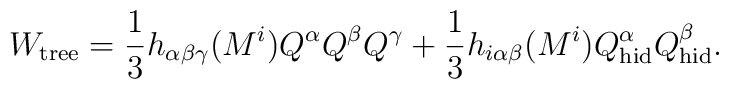
W_{\rm tree}={1\over 3}h_{\alpha\beta\gamma}(M^i)Q^\alpha Q^\beta Q^\gamma+{1\over 3}h_{i\alpha\beta}(M^i) Q^\alpha_{\rm hid}Q^\beta_{\rm hid}.